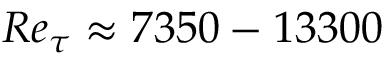
R e _ { \tau } \approx 7 3 5 0 - 1 3 3 0 0